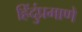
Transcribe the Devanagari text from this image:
हिंदुंप्रमाणे